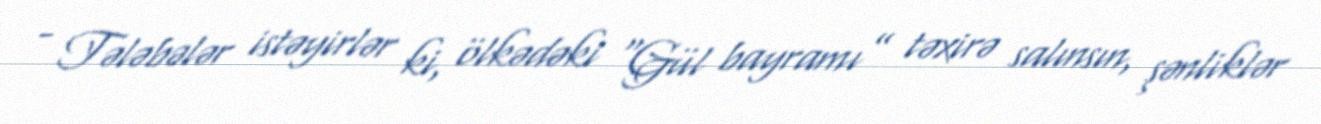
- Tələbələr istəyirlər ki, ölkədəki “Gül bayramı” təxirə salınsın, şənliklər